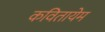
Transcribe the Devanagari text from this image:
कवितायेम